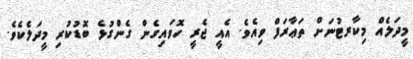
މީދަލެއް މިކާރޓުނަށް ތަޢާރަފް ވިއެވެ. އެއީ ޖެރީ ހޮވައިގެން ގެންގުޅެ ބޮޑުކުރި މީދަލެކެވެ.